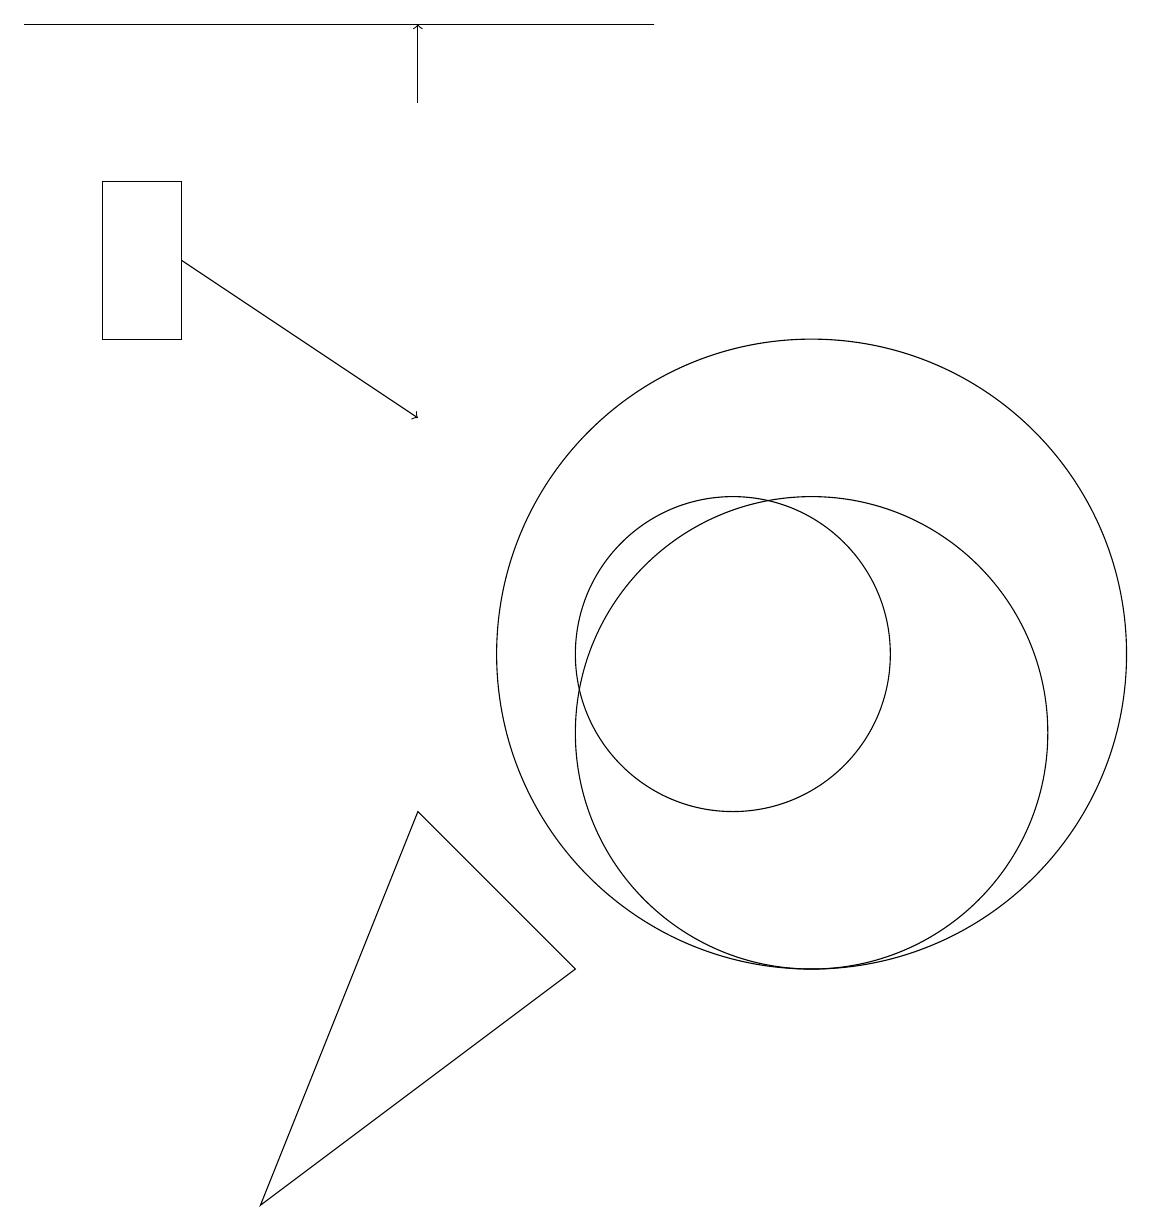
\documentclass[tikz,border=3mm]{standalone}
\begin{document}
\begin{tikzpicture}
\draw (10,11) circle (2);
\draw (11,11) circle (4);
\draw[->] (6,18) -- (6,19);
\draw (9,19) rectangle (1,19);
\draw (11,10) circle (3);
\draw (8,7) -- (6,9) -- (4,4) -- cycle;
\draw[->] (3,16) -- (6,14);
\draw (3,17) rectangle (2,15);
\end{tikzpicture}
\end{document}